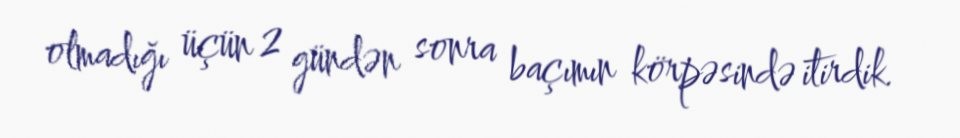
olmadığı üçün 2 gündən sonra baçımın körpəsində itirdik.